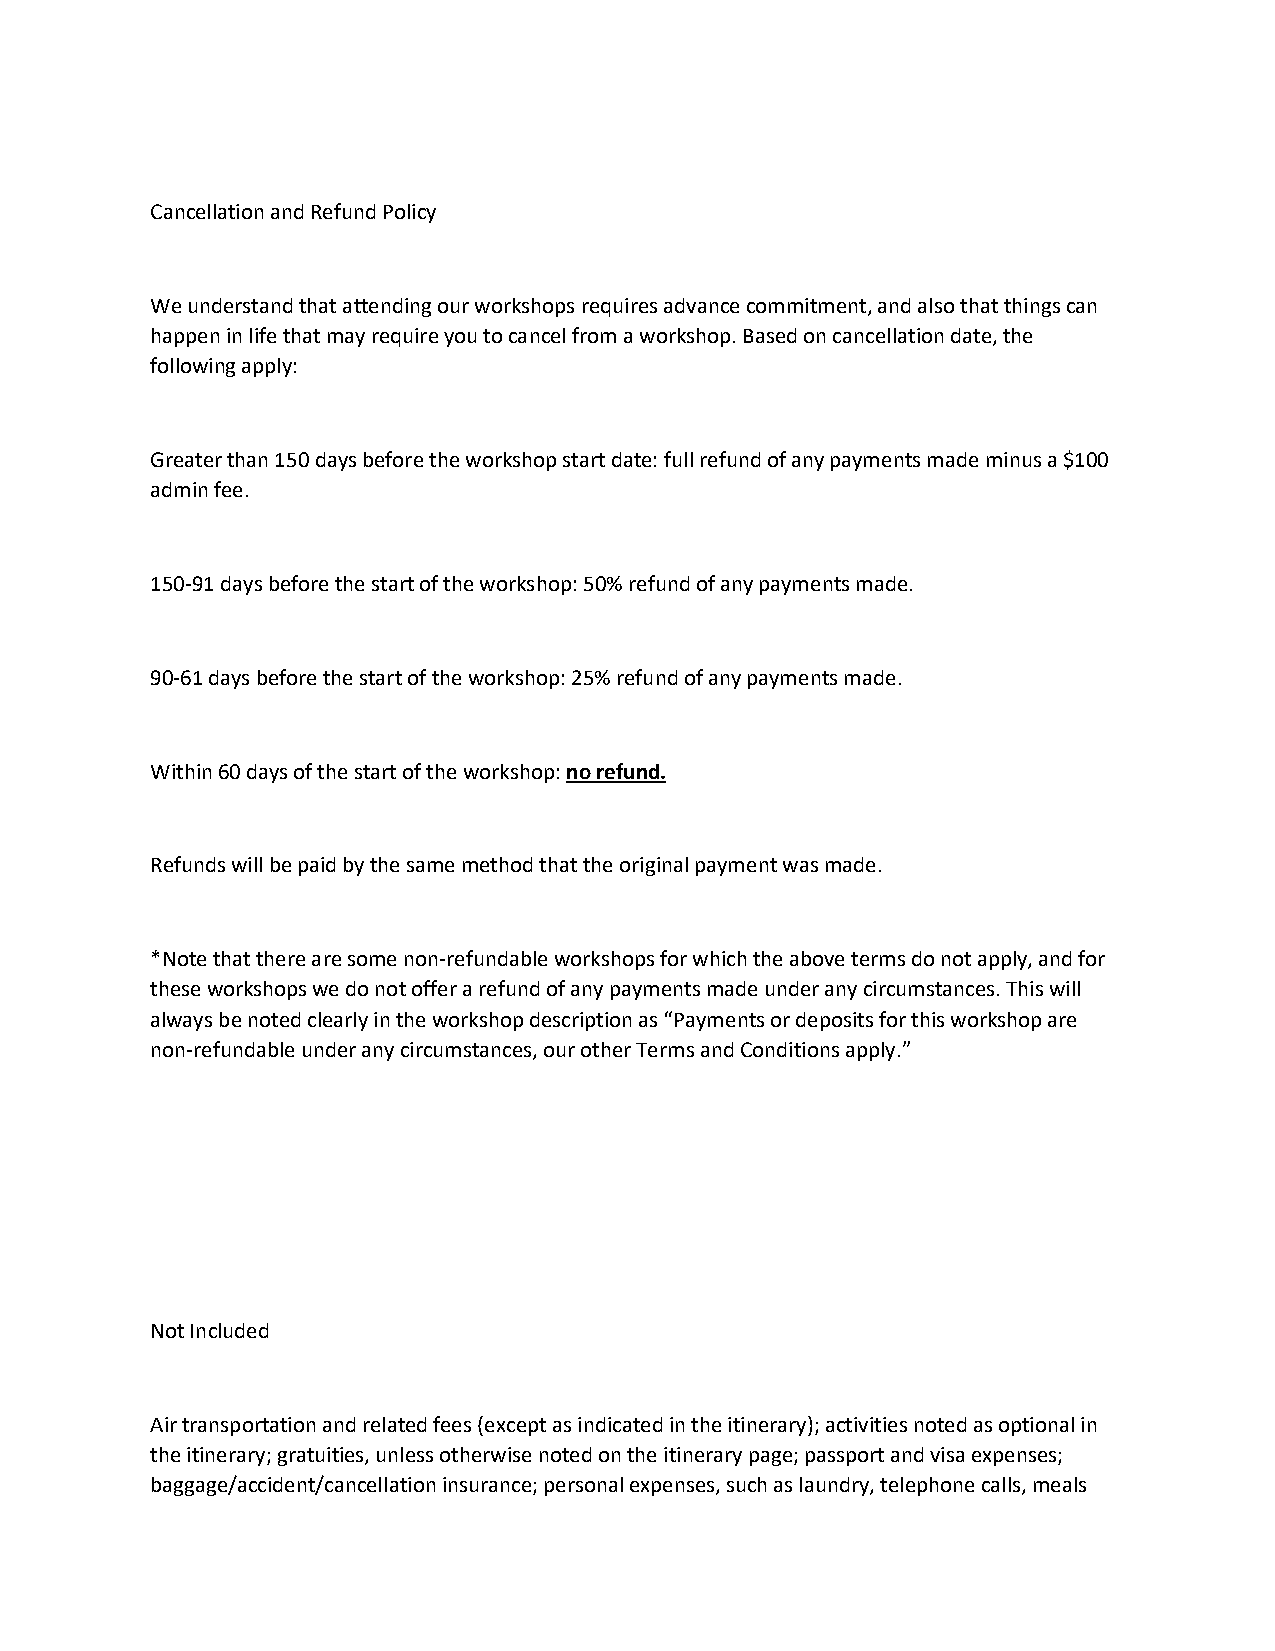
Cancellation and Refund Policy
 We understand that attending our workshops requires advance commitment, and also that things can
 happen in life that may require you to cancel from a workshop. Based on cancellation date, the
 following apply:
 Greater than 150 days before the workshop start date: full refund of any payments made minus a $100
 admin fee.
 150-91 days before the start of the workshop: 50% refund of any payments made.
 90-61 days before the start of the workshop: 25% refund of any payments made.
 Within 60 days of the start of the workshop: no refund.
 Refunds will be paid by the same method that the original payment was made.
 *Note that there are some non-refundable workshops for which the above terms do not apply, and for
 these workshops we do not offer a refund of any payments made under any circumstances. This will
 always be noted clearly in the workshop description as “Payments or deposits for this workshop are
 non-refundable under any circumstances, our other Terms and Conditions apply.”
 Not Included
 Air transportation and related fees (except as indicated in the itinerary); activities noted as optional in
 the itinerary; gratuities, unless otherwise noted on the itinerary page; passport and visa expenses;
 baggage/accident/cancellation insurance; personal expenses, such as laundry, telephone calls, meals